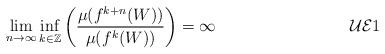
LaTeX: \begin{align*}\lim_{n \rightarrow \infty} \inf _{k \in {\mathbb Z}} \left (\frac{\mu(f^{k+n}(W))}{\mu(f^{k}(W))}\right ) = \infty \tag*{$\mathcal{UE}1$} \end{align*}